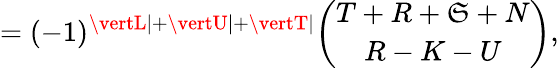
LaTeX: =(-1)^{\vertL\vert+\vertU\vert+\vertT\vert}{\binom{T+R+\mathfrak{S}+N}{R-K-U}},